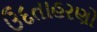
ઉદતાહરણો